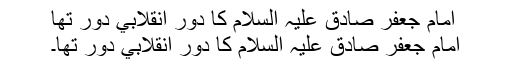
امام جعفر صادق عليہ السلام کا دور انقلابي دور تھا
امام جعفر صادق عليہ السلام کا دور انقلابي دور تھا۔